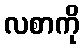
လစာကို